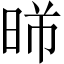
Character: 𣈰